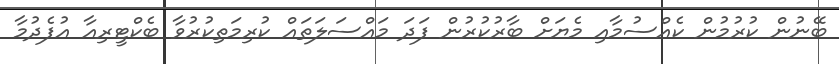
ބޭނުން ކުރުމުން ކެއްސުމާއި މެޔަށް ބާރުކުރުން ފަދަ މައްސަލަތައް ކުރިމަތިކުރުވާ ބެކްޓީރިއާ އުފެދުމާ